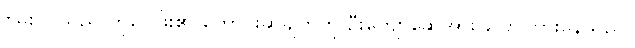
စွမ်းပိုင်သည် ကိုဝေဖြိုး၏ တောင်းဆိုချက်ကို ဦးကျော်ဆွေအား ပြောကြားနေသည်။